65_HS1-834228961_62-HQ-83894_Section_3
Agency: FBI
Page 3
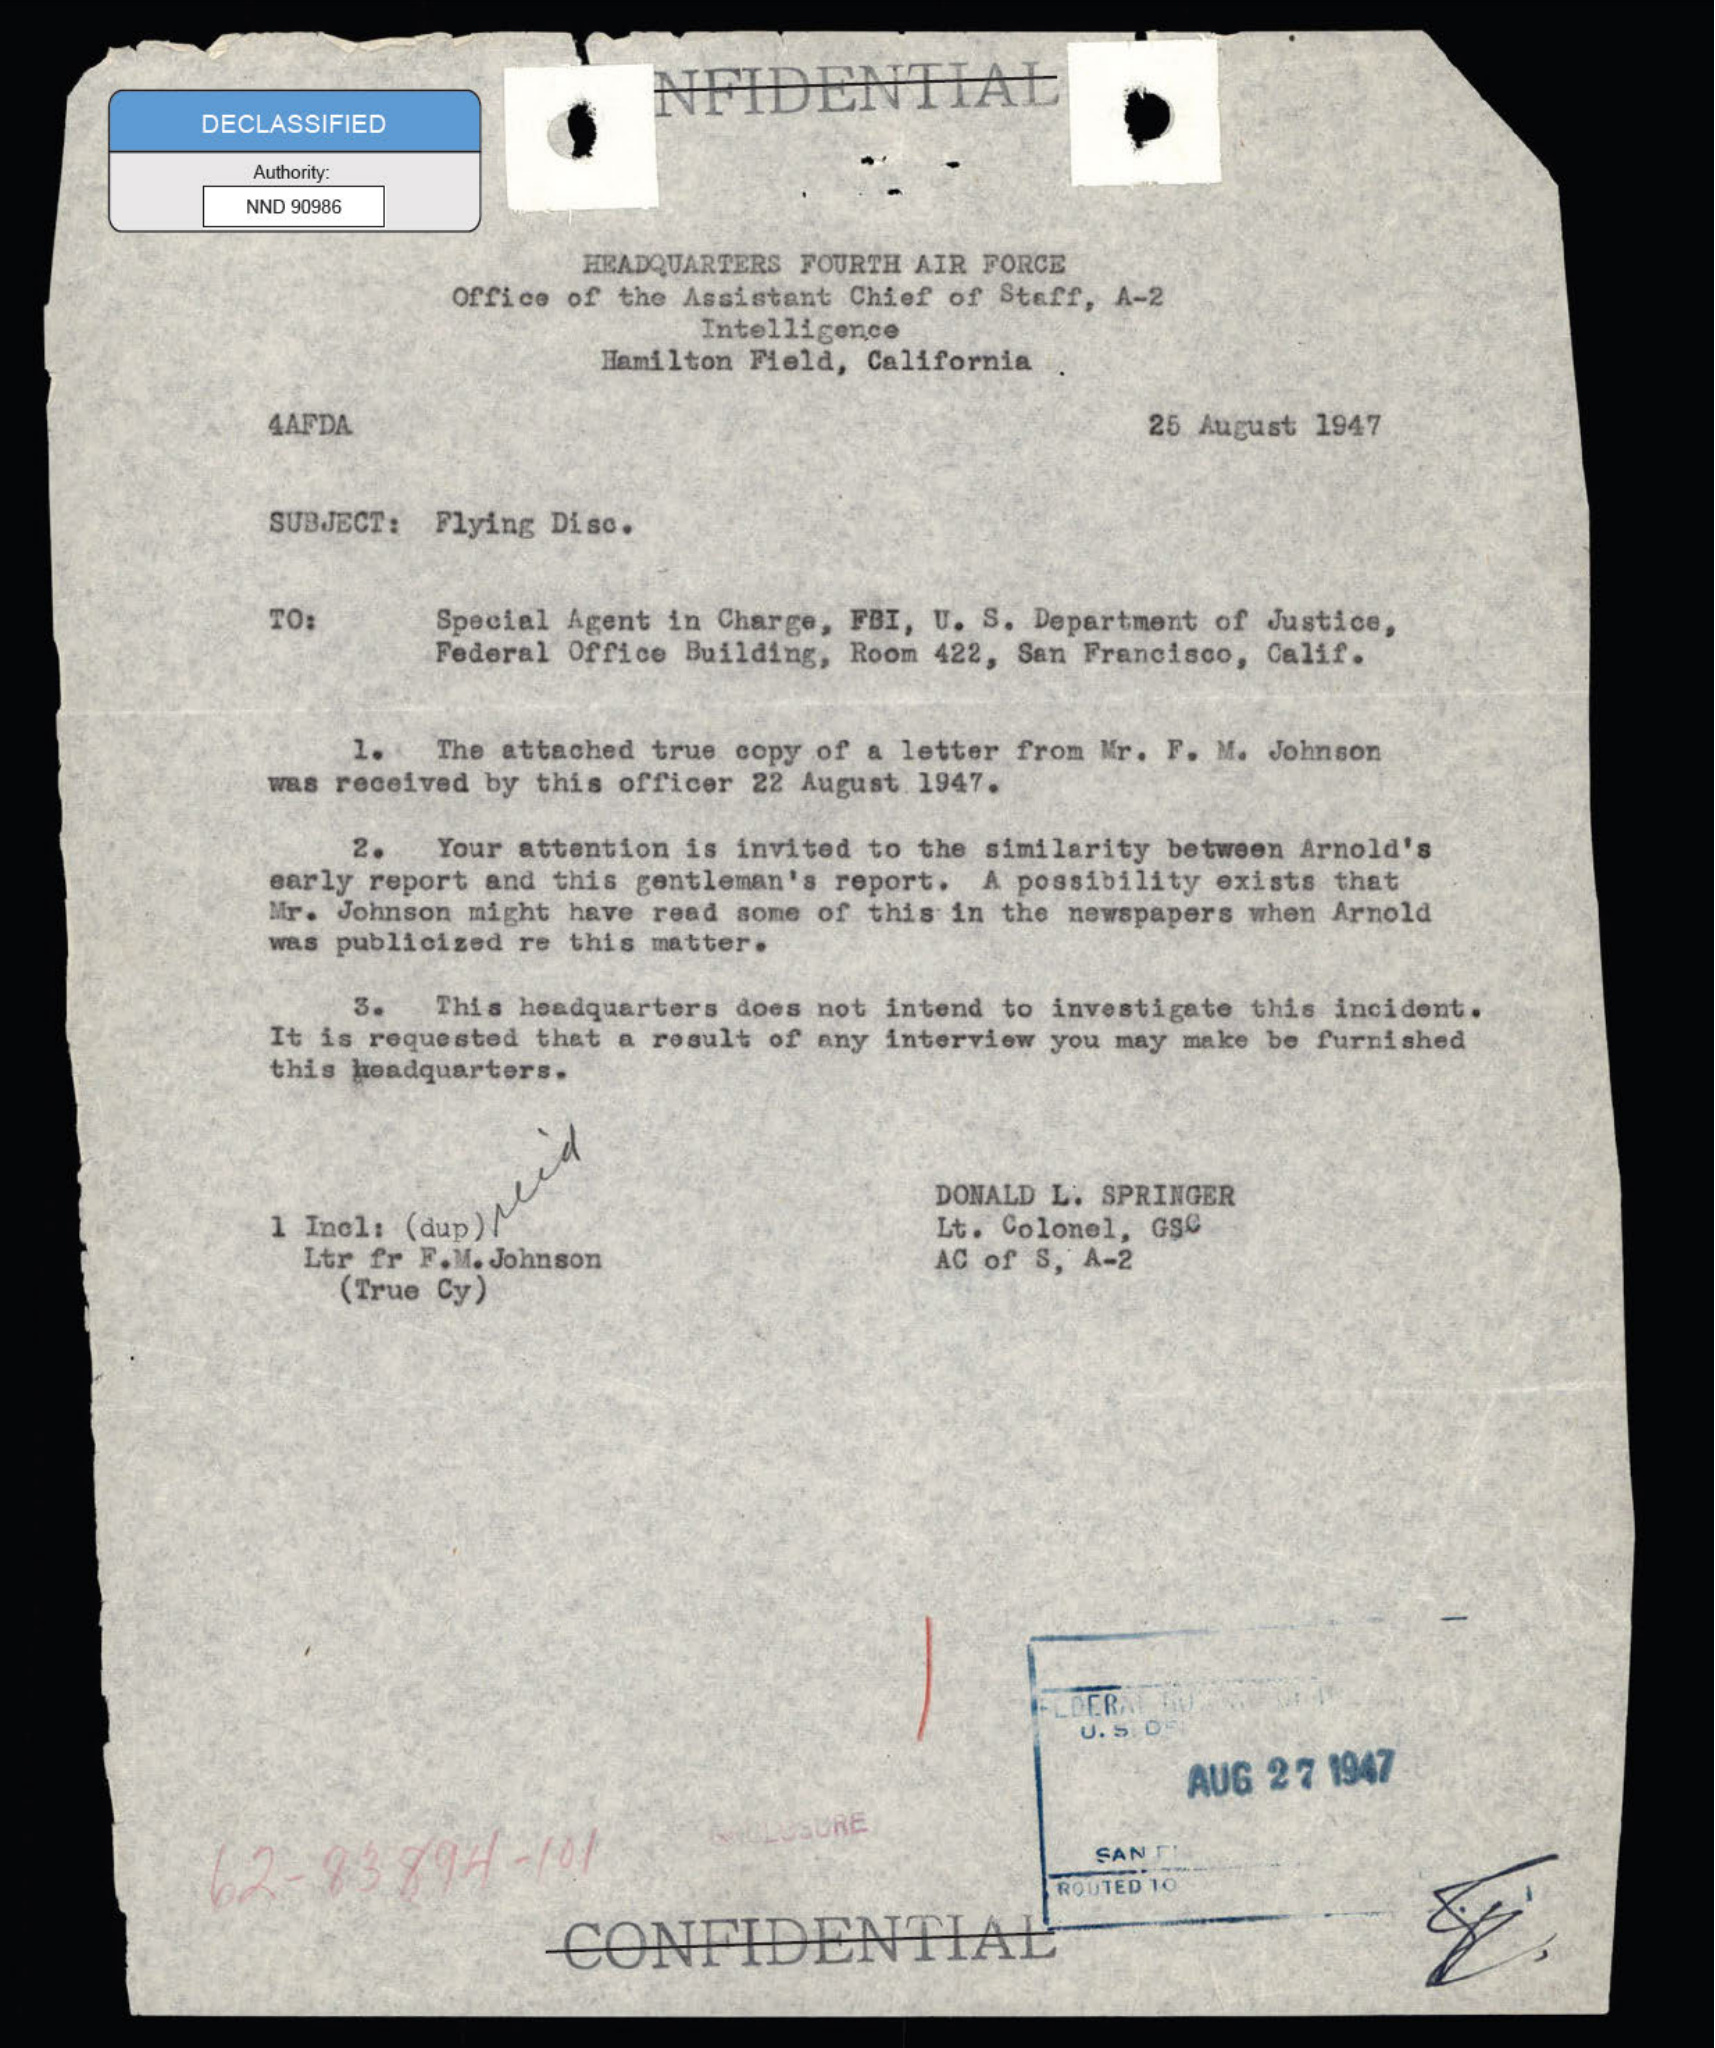